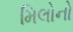
મિલોનો